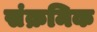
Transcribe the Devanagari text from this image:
संक्रमिक